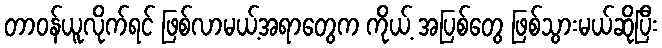
တာဝန်ယူလိုက်ရင် ဖြစ်လာမယ့်အရာတွေက ကိုယ့် အပြစ်တွေ ဖြစ်သွားမယ်ဆိုပြီး